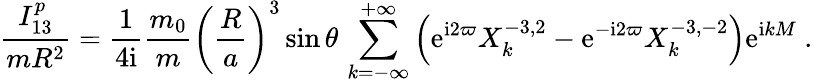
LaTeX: \frac{I_{13}^{p}}{mR^{2}}=\frac{1}{4\mathrm{i}}\frac{m_{0}}{m}\left(\frac{R}{a}\right)^{3}\sin\theta\, \sum_{k=-\infty}^{+\infty}\left(\mathrm{e}^{\mathrm{i}2\varpi}X_{k}^{-3,2}-\mathrm{e}^{-\mathrm{i}2\varpi}X_{k}^{-3,-2}\right)\mathrm{e}^{\mathrm{i}kM}\ .